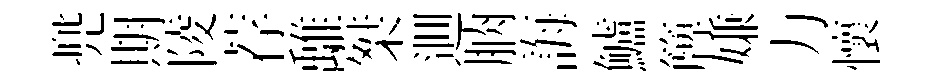
兠期陵荐𩀌桀逥朒誨鱸簰嫌力懷